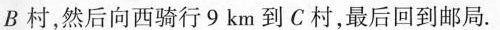
B村，然后向西骑行9km到C村，最后回到邮局.